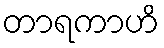
တာရကာဟိ